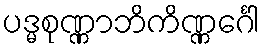
ပဒ္မစုဏ္ဏာဘိကိဏ္ဏင်္ဂေါ